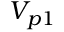
V _ { p 1 }